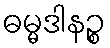
ဓမ္မဒါနဉ္စ